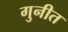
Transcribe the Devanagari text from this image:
गुनीत